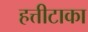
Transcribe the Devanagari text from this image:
हत्तीटाका